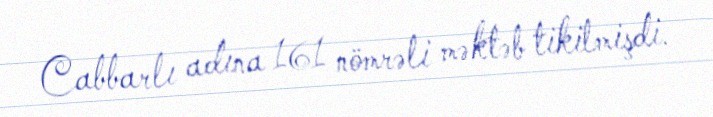
Cabbarlı adına 161 nömrəli məktəb tikilmişdi.